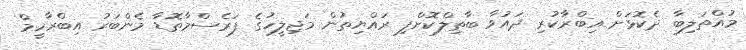
މުއްތަލިބާ ދެކޮޅަށް އިބްރާކުރި ދައުވާ ބާތިލްކޮށްފި ރައްޔިތުން މަޖިލީހުގެ ފަރެސްމާތޮޑާ މެންބަރު އިބްރާހީމް